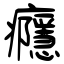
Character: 癮